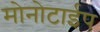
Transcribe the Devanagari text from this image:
मोनोटाईप